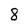
Character: 8